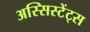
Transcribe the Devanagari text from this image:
अस्सिस्टेंट्स